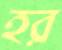
হর